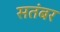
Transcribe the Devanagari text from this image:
सतंबर